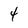
Character: 4